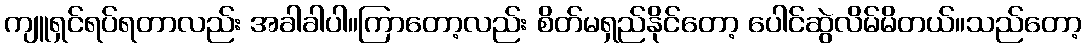
ကျူရှင်ရပ်ရတာလည်း အခါခါပါ။ကြာတော့လည်း စိတ်မရှည်နိုင်တော့ ပေါင်ဆွဲလိမ်မိတယ်။သည်တော့